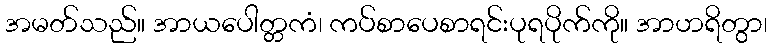
အမတ်သည်။ အာယပေါတ္တကံ၊ ကပ်စာပေစာရင်းပုရပိုက်ကို။ အာဟရိတွာ၊